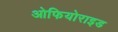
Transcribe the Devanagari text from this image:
ओफियोराइड